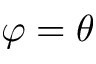
\varphi = \theta